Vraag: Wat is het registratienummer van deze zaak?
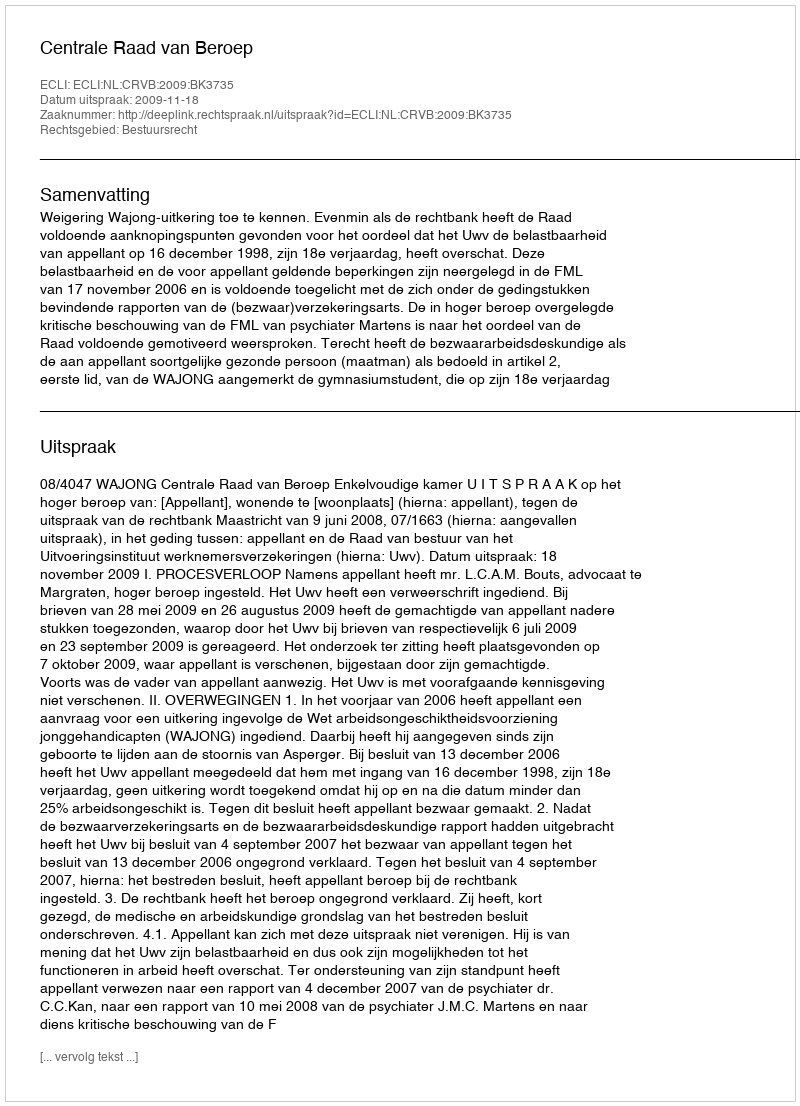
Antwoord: http://deeplink.rechtspraak.nl/uitspraak?id=ECLI:NL:CRVB:2009:BK3735